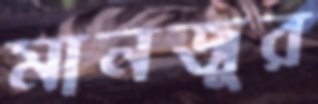
মানজুর